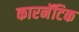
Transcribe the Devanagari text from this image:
कारनॅटिक